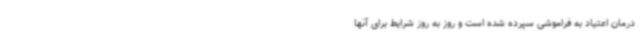
درمان اعتیاد به فراموشی سپرده شده است و روز به روز شرایط برای آنها